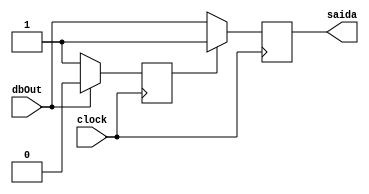
module botaoEstados(clock, dbOut, saida);

	input clock, dbOut;
	output reg saida;
	reg estado = 0;
	
	always@(posedge clock)
	begin
		if(estado == 0)
		begin
			saida = dbOut;
			if(dbOut == 0)
				estado = 1;
		end
		else
		begin
			saida = 1;
			if(dbOut == 1)
				estado = 0;
		end
	end

endmodule